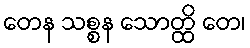
တေန သစ္စန သောတ္ထိ တေ၊